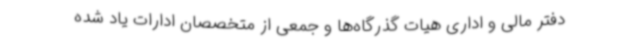
دفتر مالی و اداری هیات گذرگاه‌ها و جمعی از متخصصان ادارات یاد شده